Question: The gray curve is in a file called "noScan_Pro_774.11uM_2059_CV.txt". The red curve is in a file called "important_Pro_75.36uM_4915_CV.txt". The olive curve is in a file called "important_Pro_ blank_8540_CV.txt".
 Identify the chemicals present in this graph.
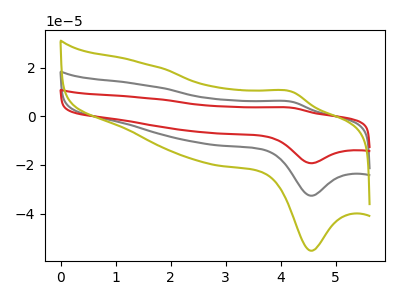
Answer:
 <answer>The gray curve is labeled "Pro, 774.11uM". The red curve is labeled "Pro, 75.36uM". The olive curve is labeled "Pro,  blank".</answer>
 <eval></eval>